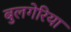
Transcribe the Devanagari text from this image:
बुलगेरिया